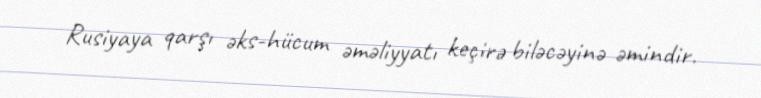
Rusiyaya qarşı əks-hücum əməliyyatı keçirə biləcəyinə əmindir.